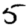
Digit: 5